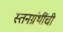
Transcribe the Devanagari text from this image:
स्तनग्रंथींची